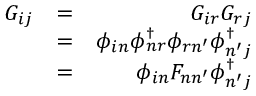
\begin{array} { r l r } { G _ { i j } } & { = } & { G _ { i r } G _ { r j } } \\ & { = } & { \phi _ { i n } \ensuremath { \phi _ { n r } ^ { \scriptscriptstyle \dag } } \phi _ { r n ^ { \prime } } \ensuremath { \phi _ { n ^ { \prime } j } ^ { \scriptscriptstyle \dag } } } \\ & { = } & { \phi _ { i n } F _ { n n ^ { \prime } } \ensuremath { \phi _ { n ^ { \prime } j } ^ { \scriptscriptstyle \dag } } } \end{array}